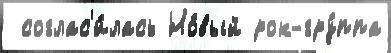
 соглас'и́лась Но́вый рок-гру́ппа